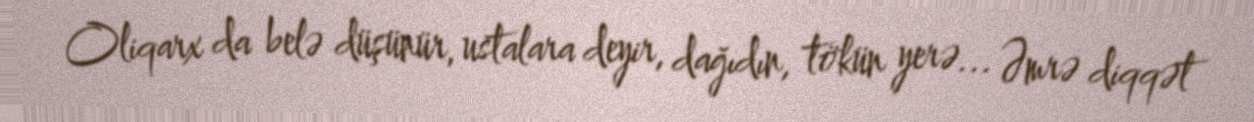
Oliqarx da belə düşünür, ustalara deyir, dağıdın, tökün yerə... Əmrə diqqət